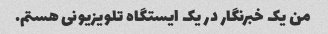
من یک خبرنگار در یک ایستگاه تلویزیونی هستم.